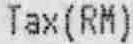
TAX(RM)